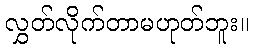
လွှတ်လိုက်တာမဟုတ်ဘူး။